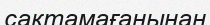
сақтамағанынан